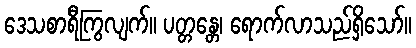
ဒေသစာရီကြွလျက်။ ပတ္တန္တေ၊ ရောက်လာသည်ရှိသော်။